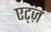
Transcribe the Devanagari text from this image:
एट्ज़